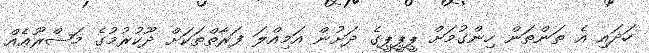
ހަދައި އެ ތަންތަން ހިންގުމަށް ޕީޕީޕީގެ ދަށުން އަމިއްލަ ފަރާތްތަކަށް ދޫކުރުމުގެ މަޝްރޫޢެއް